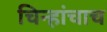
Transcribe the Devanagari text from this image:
चिन्हांचाच